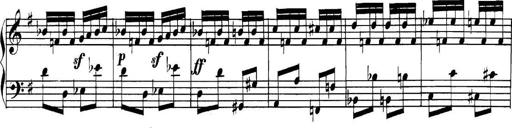
Title: Collected Piano Sonatas
Composer: Muzio Clementi